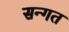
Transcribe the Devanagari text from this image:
सन्गत